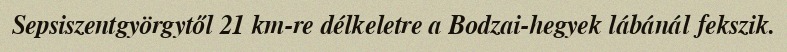
Sepsiszentgyörgytől 21 km-re délkeletre a Bodzai-hegyek lábánál fekszik.